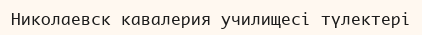
Николаевск кавалерия училищесі түлектері